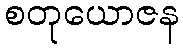
စတုယောဇန